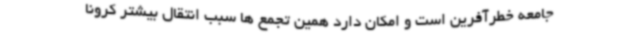
جامعه خطرآفرین است و امکان دارد همین تجمع ها سبب انتقال بیشتر کرونا